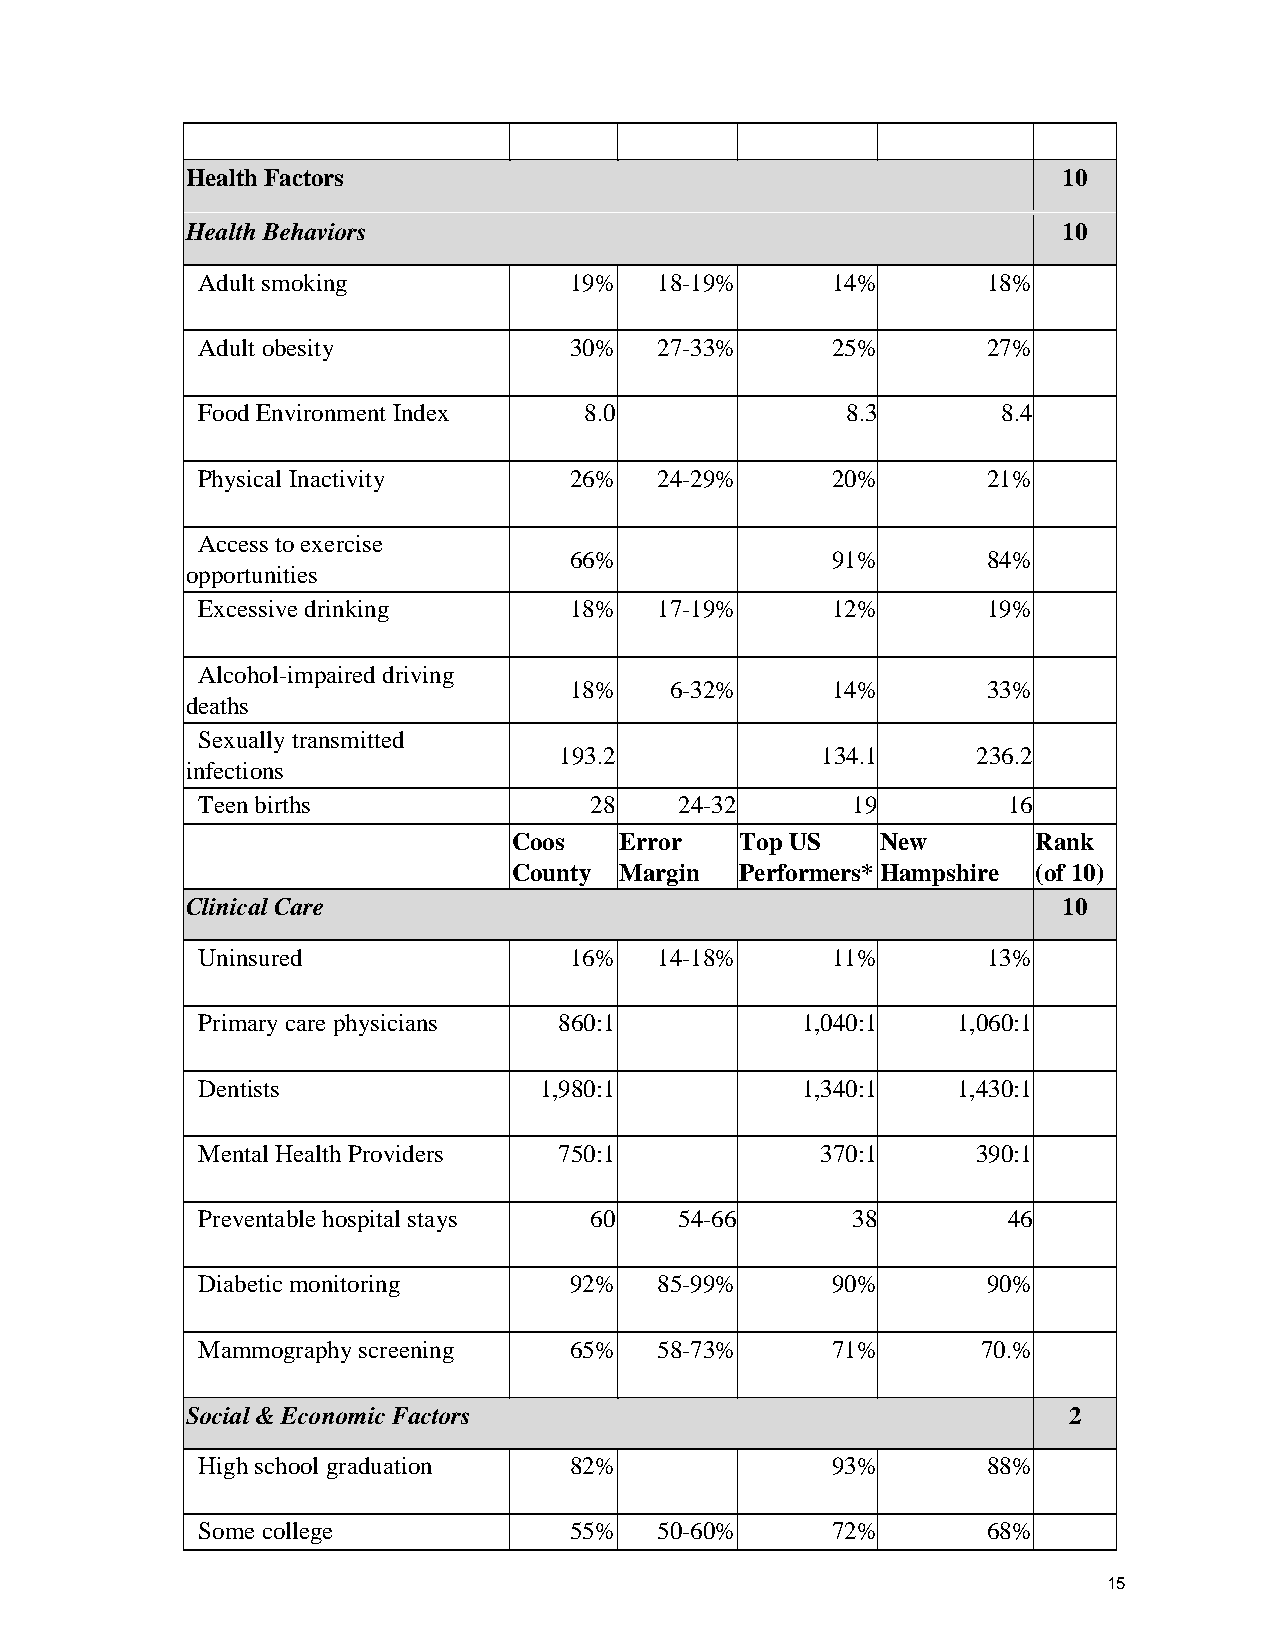
Health Factors                                            10
 Health Behaviors                                          10
 Adult smoking            19%   18-19%     14%       18%
 Adult obesity            30%   27-33%     25%       27%
 Food Environment Index    8.0              8.3       8.4
 Physical Inactivity      26%   24-29%     20%       21%
 Access to exercise
 66%              91%       84%
 opportunities
 Excessive drinking       18%   17-19%     12%       19%
 Alcohol-impaired driving
 18%   6-32%      14%       33%
 deaths
 Sexually transmitted
 193.2            134.1      236.2
 infections
 Teen births               28    24-32      19         16
 Coos   Error   Top US   New        Rank
 County Margin  Performers* H ampshire (of 10)
 Clinical Care                                             10
 Uninsured                16%   14-18%     11%       13%
 Primary care physicians 860:1           1,040:1   1,060:1
 Dentists               1,980:1          1,340:1   1,430:1
 Mental Health Providers 750:1            370:1      390:1
 Preventable hospital stays 60   54-66      38         46
 Diabetic monitoring      92%   85-99%     90%       90%
 Mammography screening    65%   58-73%     71%       70.%
 Social & Economic Factors                                  2
 High school graduation   82%              93%       88%
 Some college             55%   50-60%     72%       68%
 15